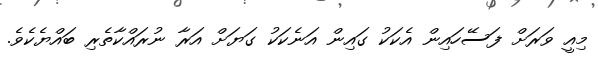
މިއީ ވަރަށް ފަސޭހައިން އެކަކު ގައިން އަނެކަކު ގަޔަށް އަރާ ނުރައްކާތެރި ބައްޔެކެވެ.